Reports on dispensaries and lunatic asylums in the Province of Oudh - 1869-1876
Year: 1869
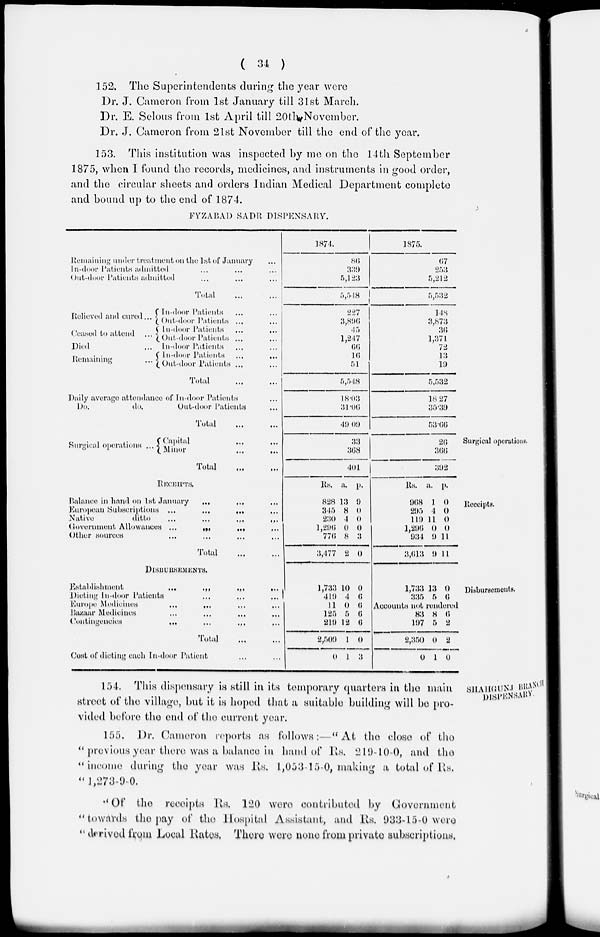
( 34 )
152. The Superintendents during the year were
Dr. J. Cameron from 1st January till 31st March.
Dr. E. Selous from 1st April till 20th November.
Dr. J. Cameron from 21st November till the end of the year.
153. This institution was inspected by me on the 14th September
1875, when I found the records, medicines, and instruments in good order,
and the circular sheets and orders Indian Medical Department complete
and bound up to the end of 1874.
FYZABAD SADR DISPENSARY.
Remaining under treatment on the 1st of January ...
In-door Patients admitted ... ... ...
Out-door Patients admitted ... ... ...
Total ... ...
Relieved and cured ...
Ceased to attend ...
Died ...
Remaining ...
In-door Patients ... ...
Out-door Patients ... ...
In-door Patients
...
...
Out-door Patients ... ...
In-door Patients ... ...
In-door Patients
...
...
Out-door Patients ... ...
Total ... ...
1874.
86
339
5,123
5,548
227
3,896
45
1,247
66
16
51
5,548
1875.
67
253
5,212
5,532
148
3,873
36
1,371
72
13
19
5,532
Daily average attendance of In-door Patients ...
Do.
do.
Out-door Patients ...
Total
...
...
18.03
31.06
49.09
18.27
35.39
53.66
Surgical operations.
Surgical operations ...
Capital ... ...
Minor ... ...
Total ... ...
33
368
401
26
366
392
Receipts.
RECEIPTS.
Balance in hand on 1st January ... ... ...
European Subscriptions ...
... ... ...
Native
ditto
...
...
...
...
Government Allowances ...
...
...
...
Other sources ... ... ... ...
Total
...
...
Rs.
828
345
230
1,296
776
3,477
a.
13
8
4
0
8
2
p.
9
0
0
0
3
0
Rs.
968
295
119
1,296
934
3,613
a.
1
4
11
0
9
9
p.
0
0
0
0
11
11
Disbursements.
DISBURSEMENTS.
Establishment
...
...
...
...
Dieting In-door Patients
...
...
...
...
Europe Medicines
...
... ... ...
Bazaar Medicines ... ... ... ...
Contingencies
...
...
...
...
Total ... ...
Cost of dieting each In-door Patient ... ...
1,733
419
11
125
219
2,509
0
10
4
0
5
12
1
1
0
6
6
6
6
0
3
1,733
335
13
5
0
6
Accounts not rendered
83
197
2,350
0
8
5
0
1
6
2
2
0
SHAHGUNJ BRANCH
DISPENSARY.
154. This dispensary is still in its temporary quarters in the main
street of the village, but it is hoped that a suitable building will be pro-
vided before the end of the current year.
155. Dr. Cameron reports as follows :—" At the close of the
" previous year there was a balance in hand of Rs. 219-10-0, and the
" income during the year was Rs. 1,053-15-0, making a total of Rs,
" 1,273-9-0.
'' Of the receipts Rs. 120 were contributed by Government
" towards the pay of the Hospital Assistant, and Rs. 933-15-0 were
" derived from Local Rates. There were none from private subscriptions.